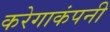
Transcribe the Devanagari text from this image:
करेगाकंपनी